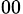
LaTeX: _{00}